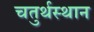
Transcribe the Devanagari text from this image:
चतुर्थस्थान